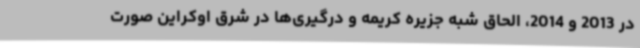
در 2013 و 2014، الحاق شبه جزیره کریمه و درگیری‌ها در شرق اوکراین صورت